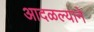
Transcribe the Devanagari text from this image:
आदळल्याने